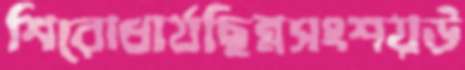
শিরোধার্যছিন্নসংশয়উ